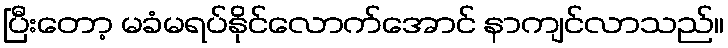
ပြီးတော့ မခံမရပ်နိုင်လောက်အောင် နာကျင်လာသည်။